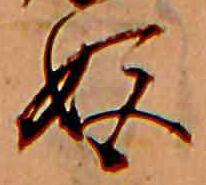
姫